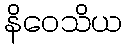
နိဝေသိယ